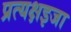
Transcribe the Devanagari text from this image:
प्रत्यक्षइजा